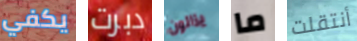
يكفي دبرت يزالون ما أنتقلت